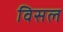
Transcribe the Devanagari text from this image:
विसल